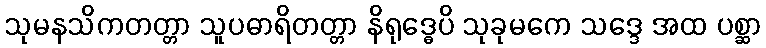
သုမနသိကတတ္တာ သူပဓာရိတတ္တာ နိရုဒ္ဓေပိ သုခုမကေ သဒ္ဒေ အထ ပစ္ဆာ